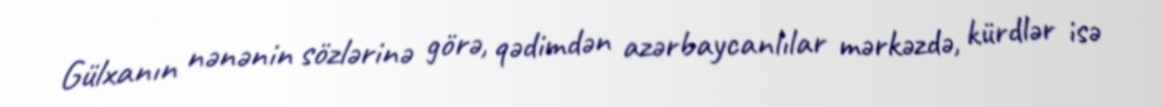
Gülxanın nənənin sözlərinə görə, qədimdən azərbaycanlılar mərkəzdə, kürdlər isə